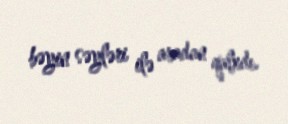
bəyin səyləri ilə aradan qalxdı.